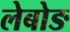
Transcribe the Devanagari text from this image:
लेबोङ